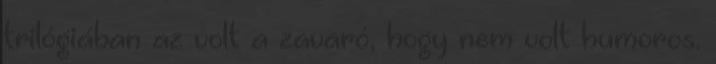
trilógiában az volt a zavaró, hogy nem volt humoros.